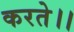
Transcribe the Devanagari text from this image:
करते।।